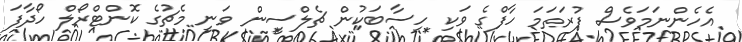
އެހެންނަމަވެސް ފުރަތަމަ ހާފްގެ ވަކި ހިސާބަކުން ޗެލްސީން ވަނީ މެޗުގެ ކޮންޓްރޯލް ހޯދާފަ